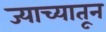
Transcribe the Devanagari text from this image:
ज्याच्यातून